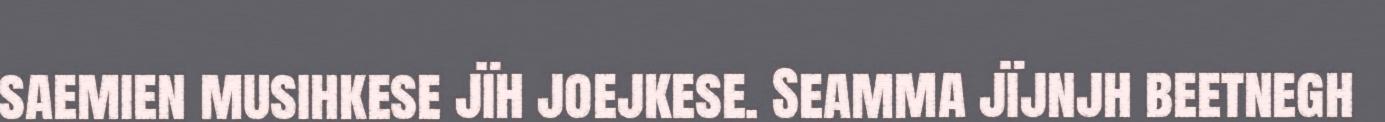
saemien musihkese jïh joejkese. Seamma jïjnjh beetnegh